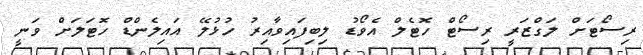
ރިސޯޓަށް ލަގްޒަރީ ރިސޯޓް ހޮޓެލް އެވޯޑު ލިބިފައިވާއިރު ހުޅުލޭ އައިލެންޑް ހޮޓަލަށް ވަނީ